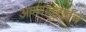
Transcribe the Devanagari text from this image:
अण्णादुराईचे